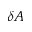
\delta A